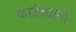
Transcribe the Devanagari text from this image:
काउंट्यांनी